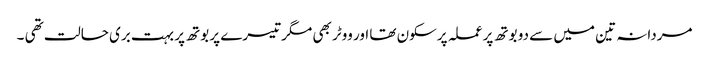
مردانہ تین میں سے دو بوتھ پر عملہ پرسکون تھا اور ووٹر بھی مگر تیسرے پر بوتھ پر بہت بری حالت تھی ۔